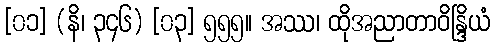
[၀၁] (နိ၊ ၃၄၆) [၀၃] ၅၅၅။ အဿ၊ ထိုအညာတာဝိန္ဒြိယံ